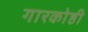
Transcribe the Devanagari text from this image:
गारकोष्ठी